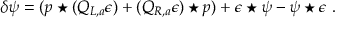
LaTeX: \delta \psi = ( p \star ( Q _ { L , a } \epsilon ) + ( Q _ { R , a } \epsilon ) \star p ) + \epsilon \star \psi - \psi \star \epsilon \, \, .